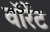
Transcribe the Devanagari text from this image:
वॉरेंट